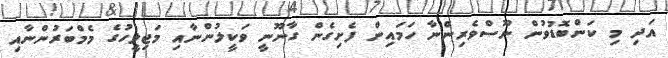
އަދި މި ކަންބޮޑުވުން ނޫސްވެރިންނާ ހަމައިން ފެށިގެން ގާނޫނީ ވަކީލުންނާއި މަޖިލީހުގެ މެމްބަރުންނާއި